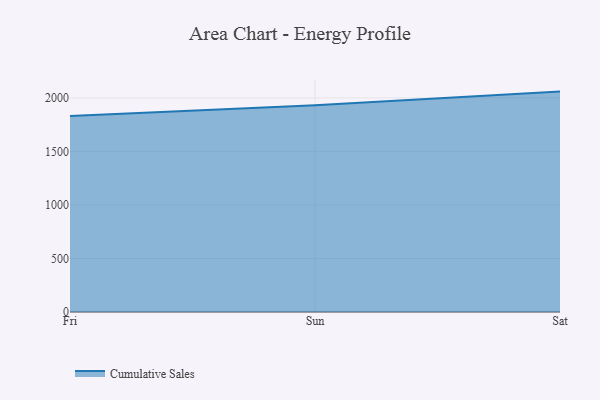
{"axis": {"x": "Day", "y": "Budget (USD K)"}, "legend": ["Cumulative Sales"], "data": [{"x": "Fri", "y": 1830.8, "type": "Cumulative Sales"}, {"x": "Sun", "y": 1930.0, "type": "Cumulative Sales"}, {"x": "Sat", "y": 2058.5, "type": "Cumulative Sales"}]}